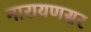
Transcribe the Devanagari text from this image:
नारायणसर